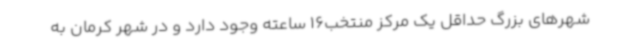
شهرهای بزرگ حداقل یک مرکز منتخب16 ساعته وجود دارد و در شهر کرمان به